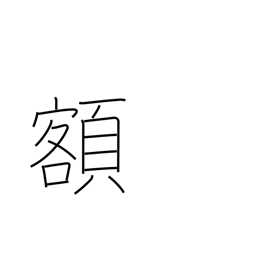
Meaning: sum